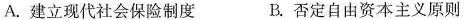
A.建立现代社会保险制度 B.否定自由资本主义原则